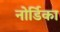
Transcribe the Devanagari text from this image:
नोर्डिका